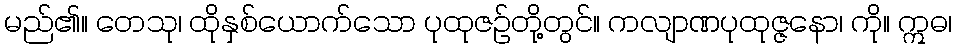
မည်၏။ တေသု၊ ထိုနှစ်ယောက်သော ပုထုဇဉ်တို့တွင်။ ကလျာဏပုထုဇ္ဇနော၊ ကို။ ဣဓ၊